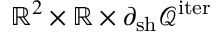
\mathbb { R } ^ { 2 } \times \mathbb { R } \times \partial _ { \mathrm { s h } } \mathcal { Q } ^ { \mathrm { i t e r } }